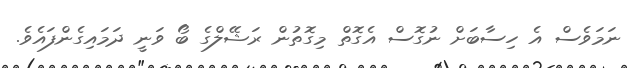
ނަމަވެސް އެ ހިސާބަށް ނުގޮސް އެގޮތް މިގޮތުން ރަޝޭލްގެ ބޯ ވަނީ ދަމައިގެންފައެވެ.